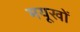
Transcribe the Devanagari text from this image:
मयूखों